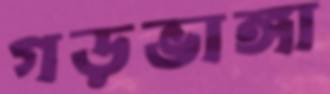
গড়ভাঙ্গা